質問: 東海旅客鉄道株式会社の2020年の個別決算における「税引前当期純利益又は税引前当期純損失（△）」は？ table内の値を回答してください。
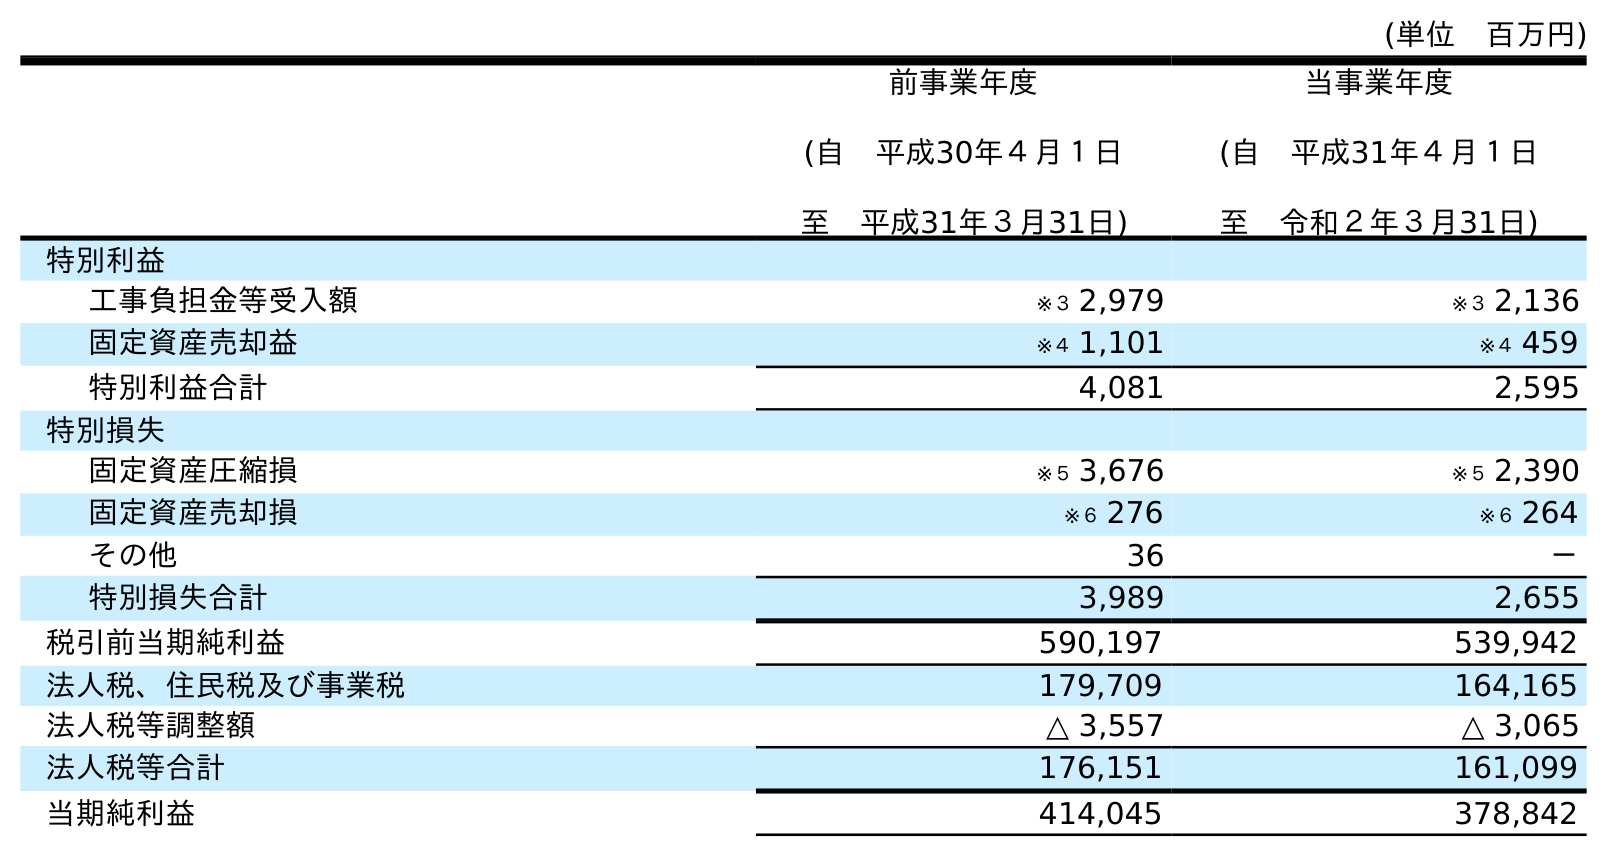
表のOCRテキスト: (単位 百万円) 前事業年度 (自 平成30年４月１日 至 平成31年３月31日) 当事業年度 (自 平成31年４月１日 至 令和２年３月31日) 特別利益 工事負担金等受入額 ※３ 2,979 ※３ 2,136 固定資産売却益 ※４ 1,101 ※４ 459 特別利益合計 4,081 2,595 特別損失 固定資産圧縮損 ※５ 3,676 ※５ 2,390 固定資産売却損 ※６ 276 ※６ 264 その他 36 － 特別損失合計 3,989 2,655 税引前当期純利益 590,197 539,942 法人税、住民税及び事業税 179,709 164,165 法人税等調整額 △ 3,557 △ 3,065 法人税等合計 176,151 161,099 当期純利益 414,045 378,842
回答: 539,942